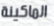
الماكينة